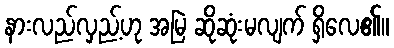
နားလည်လှည့်ဟု အမြဲ ဆိုဆုံးမလျက် ရှိလေ၏။